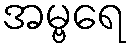
အမ္ဗရေ